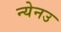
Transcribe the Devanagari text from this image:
न्येनउ